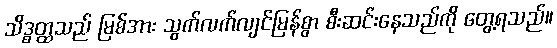
သိဒ္ဓတ္ထသည် မြစ်အား သွက်လက်လျင်မြန်စွာ စီးဆင်းနေသည်ကို တွေ့ရသည်။